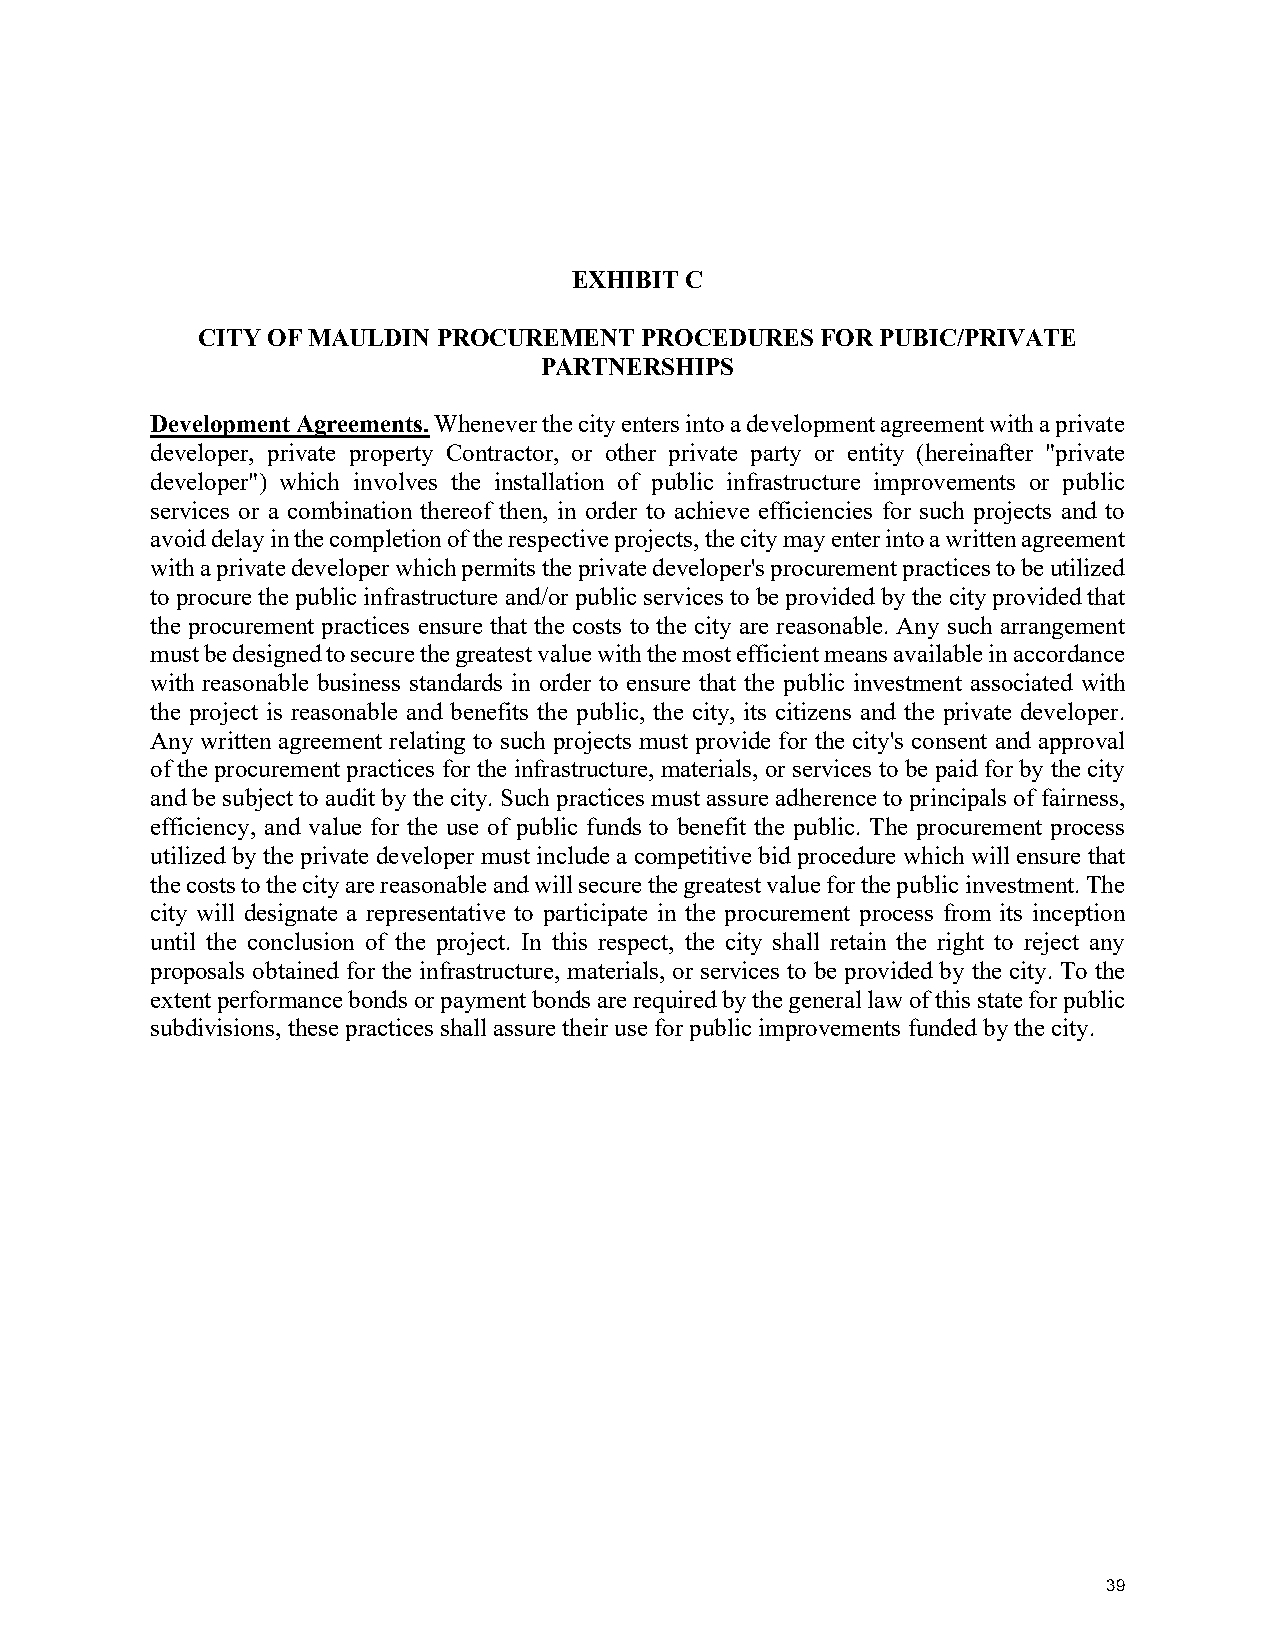
EXHIBIT C
 CITY OF MAULDIN PROCUREMENT  PROCEDURES  FOR PUBIC/PRIVATE
 PARTNERSHIPS
 Development Agreements. Whenever the city enters into a development agreement with a private
 developer, private property Contractor, or other private party or entity (hereinafter "private
 developer") which involves the installation of public infrastructure improvements or public
 services or a combination thereof then, in order to achieve efficiencies for such projects and to
 avoid delay in the completion of the respective projects, the city may enter into a written agreement
 with a private developer which permits the private developer's procurement practices to be utilized
 to procure the public infrastructure and/or public services to be provided by the city provided that
 the procurement practices ensure that the costs to the city are reasonable. Any such arrangement
 must be designed to secure the greatest value with the most efficient means available in accordance
 with reasonable business standards in order to ensure that the public investment associated with
 the project is reasonable and benefits the public, the city, its citizens and the private developer.
 Any written agreement relating to such projects must provide for the city's consent and approval
 of the procurement practices for the infrastructure, materials, or services to be paid for by the city
 and be subject to audit by the city. Such practices must assure adherence to principals of fairness,
 efficiency, and value for the use of public funds to benefit the public. The procurement process
 utilized by the private developer must include a competitive bid procedure which will ensure that
 the costs to the city are reasonable and will secure the greatest value for the public investment. The
 city will designate a representative to participate in the procurement process from its inception
 until the conclusion of the project. In this respect, the city shall retain the right to reject any
 proposals obtained for the infrastructure, materials, or services to be provided by the city. To the
 extent performance bonds or payment bonds are required by the general law of this state for public
 subdivisions, these practices shall assure their use for public improvements funded by the city.
 39